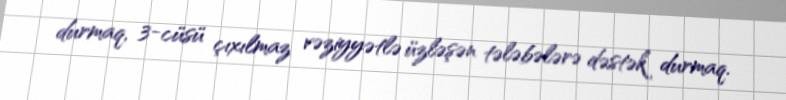
durmaq, 3-cüsü çıxılmaz vəziyyətlə üzləşən tələbələrə dəstək durmaq.